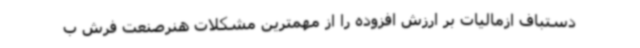
دستباف ازمالیات بر ارزش افزوده را از مهمترین مشکلات هنرصنعت فرش ب